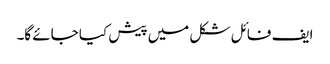
ایف فائل شکل میں پیش کیا جائے گا۔